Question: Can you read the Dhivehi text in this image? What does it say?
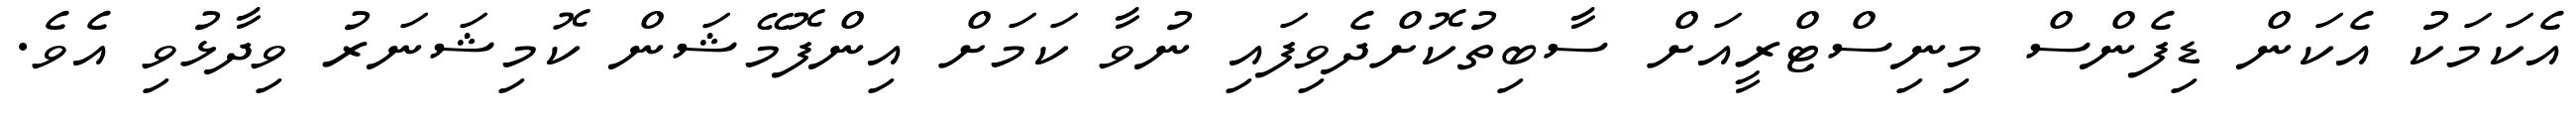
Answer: އެކަމަކު އެކަން ޑިފެންސް މިނިސްޓްރީއަށް ސާބިތުކޮށްދެވިފައި ނުވާ ކަމަށް އިންފޮމޭޝަން ކޮމިޝަނަރު ވިދާޅުވި އެވެ.